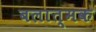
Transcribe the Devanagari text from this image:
बलात्मक